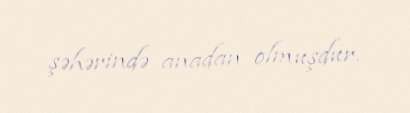
şəhərində anadan olmuşdur.